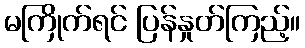
မကြိုက်ရင် ပြန်နှုတ်ကြည့်။